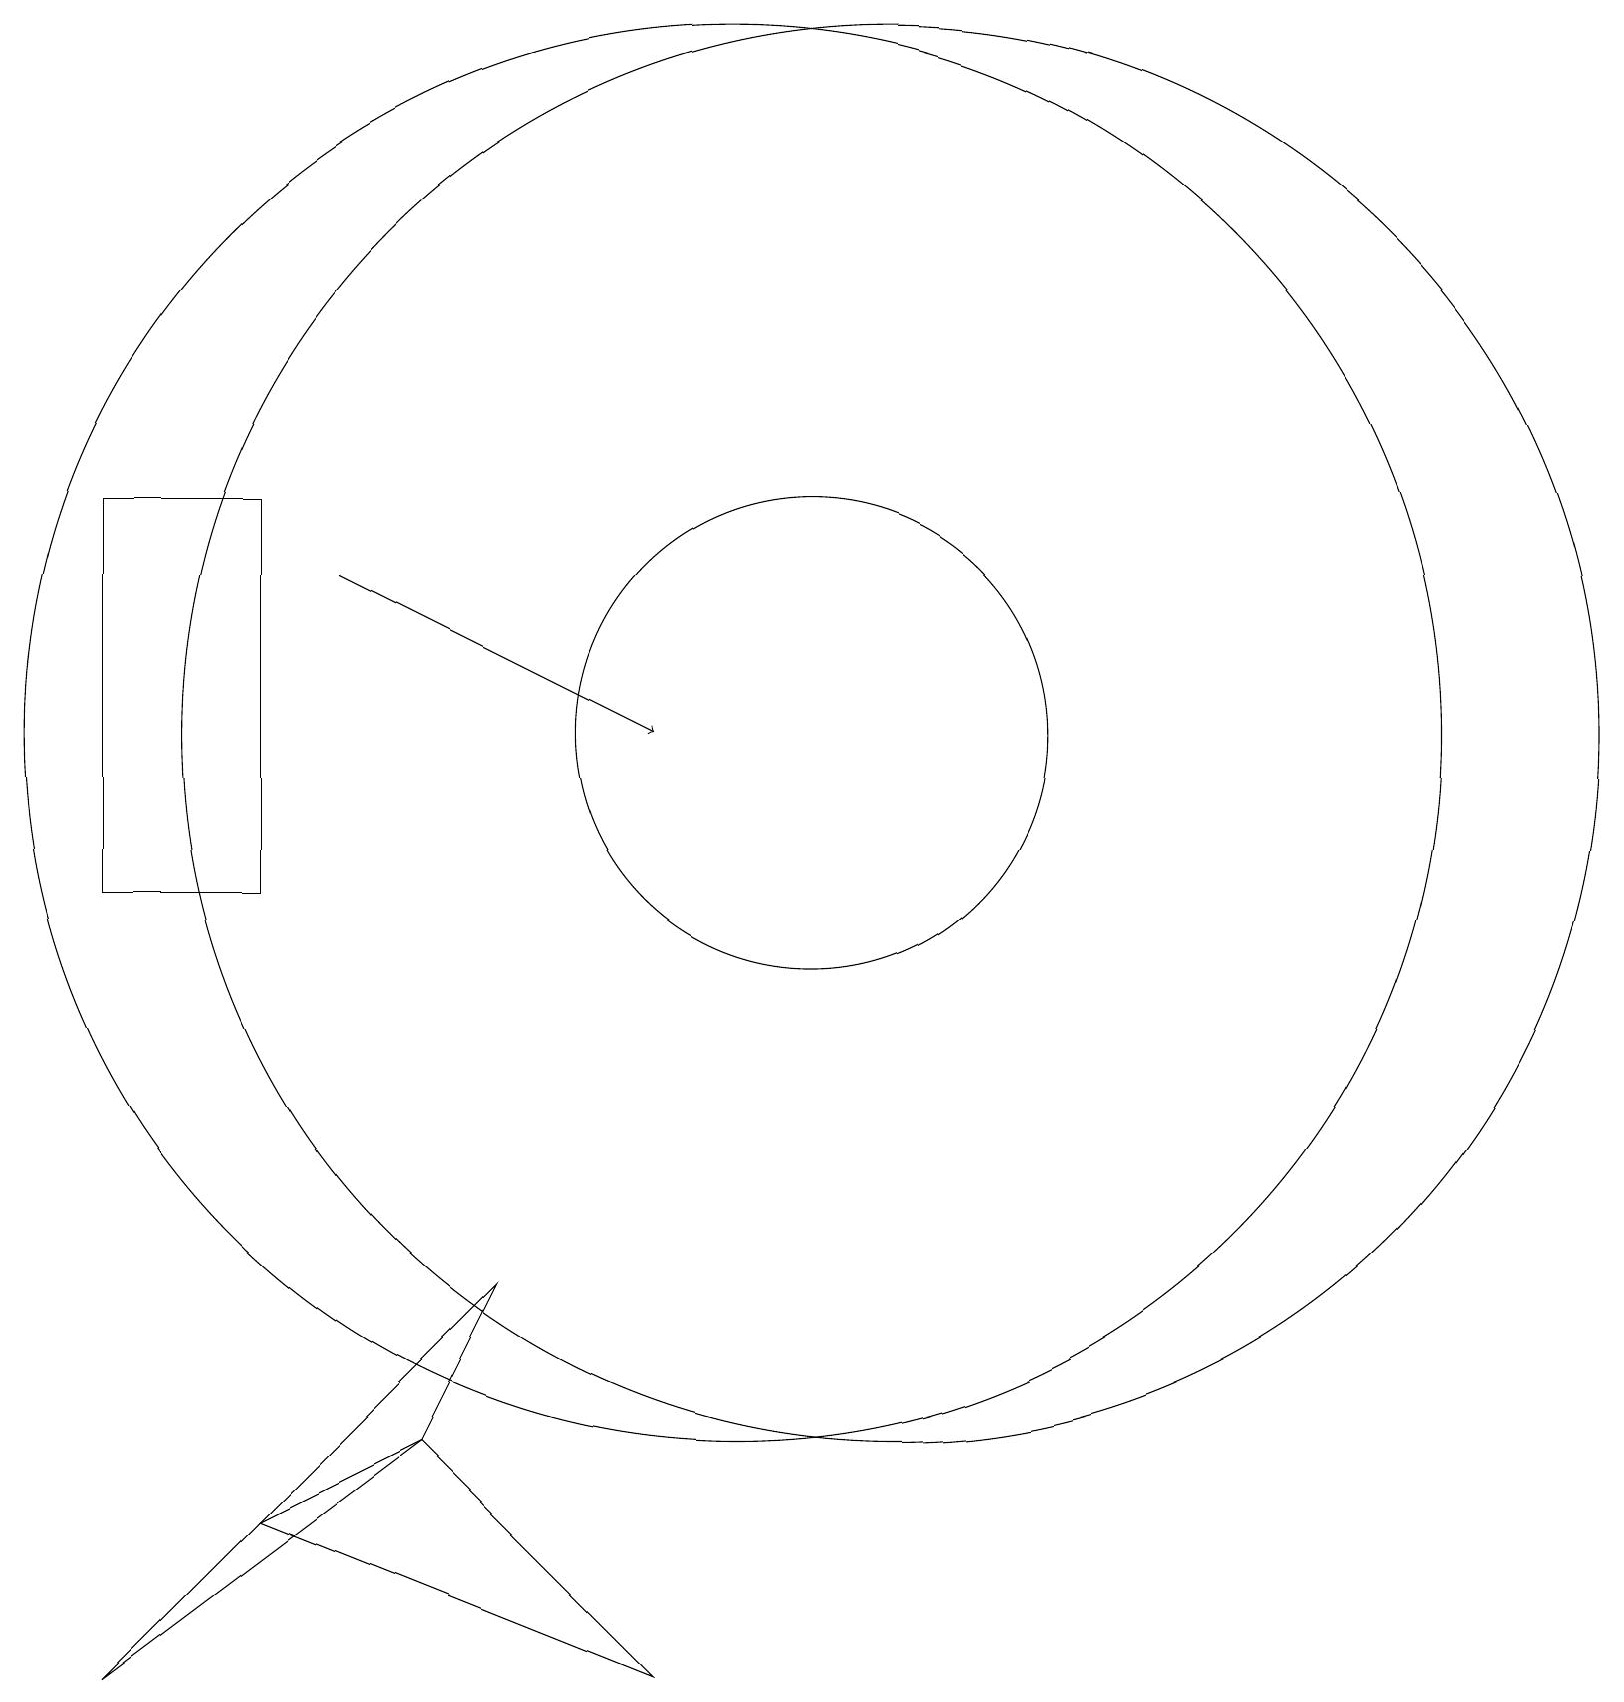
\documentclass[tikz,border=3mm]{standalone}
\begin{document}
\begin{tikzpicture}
\draw (2,10) rectangle (4,15);
\draw (10,12) circle (9);
\draw (2,0) -- (7,5) -- (6,3) -- cycle;
\draw (12,12) circle (9);
\draw (11,12) circle (3);
\draw[->] (5,14) -- (9,12);
\draw (6,3) -- (4,2) -- (9,0) -- cycle;
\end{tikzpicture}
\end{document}